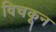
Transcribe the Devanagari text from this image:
विचकून